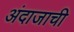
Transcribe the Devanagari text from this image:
अंदाजाची